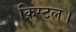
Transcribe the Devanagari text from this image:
क्रिस्टल।